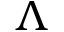
\boldsymbol { \Lambda }